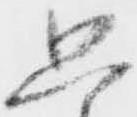
只